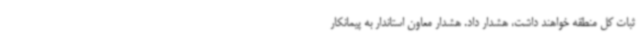
ثبات کل منطقه خواهند داشت، هشدار داد. هشدار معاون استاندار به پیمانکار